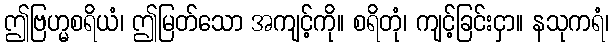
ဤဗြဟ္မစရိယံ၊ ဤမြတ်သော အကျင့်ကို။ စရိတုံ၊ ကျင့်ခြင်းငှာ။ နသုကရံ၊